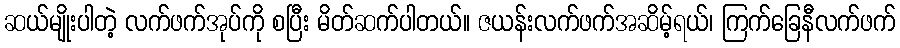
ဆယ်မျိုးပါတဲ့ လက်ဖက်အုပ်ကို စပြီး မိတ်ဆက်ပါတယ်။ ဇယန်းလက်ဖက်အဆိမ့်ရယ်၊ ကြက်ခြေနီလက်ဖက်